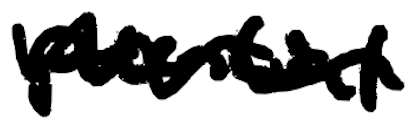
Text: potential
Cross-out: wave
Writing tool: digital_black